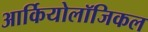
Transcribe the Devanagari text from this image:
आर्कियोलॉजिकल